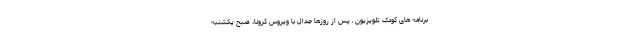
برنامه های کودک تلویزیون ـ پس از روزها جدال با ویروس کرونا، صبح یکشنبه